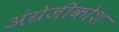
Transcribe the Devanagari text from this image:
अंग्रेजीकोश